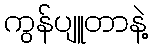
ကွန်ပျူတာနဲ့